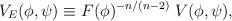
LaTeX: \begin{align*}V_E(\phi,\psi) \equiv F(\phi)^{-n/(n-2)} \; V(\phi,\psi),\end{align*}